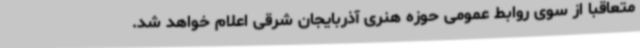
متعاقبا از سوی روابط عمومی حوزه هنری آذربایجان شرقی اعلام خواهد شد.